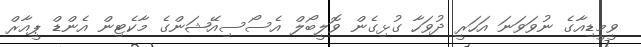
ވީމީޑިއާގެ ނުވަވަނަ އަހަރީ ދުވަހާ ގުޅިގެން ވޮލީބޯލް އެސޯސިއޭޝަންގެ މާކެޓިން އެންޑް ޕީއާރް